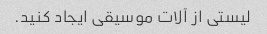
لیستی از آلات موسیقی ایجاد کنید.